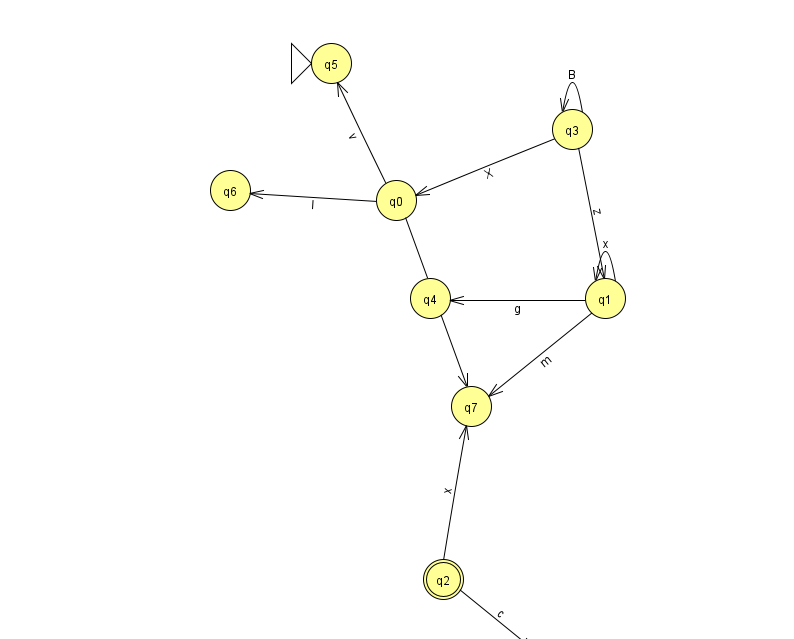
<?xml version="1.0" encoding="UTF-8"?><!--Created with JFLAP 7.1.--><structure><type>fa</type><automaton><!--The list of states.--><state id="0" name="q0"><x>396.0</x><y>187.0</y></state><state id="1" name="q1"><x>605.0</x><y>285.0</y></state><state id="2" name="q2"><x>443.0</x><y>566.0</y><final/></state><state id="3" name="q3"><x>572.0</x><y>116.0</y></state><state id="4" name="q4"><x>430.0</x><y>285.0</y></state><state id="5" name="q5"><x>331.0</x><y>50.0</y><initial/></state><state id="6" name="q6"><x>230.0</x><y>177.0</y></state><state id="7" name="q7"><x>471.0</x><y>393.0</y></state><state id="8" name="q8"><x>547.0</x><y>651.0</y></state><!--The list of transitions.--><transition><from>1</from><to>4</to><read>g</read></transition><transition><from>3</from><to>3</to><read>B</read></transition><transition><from>0</from><to>5</to><read>v</read></transition><transition><from>1</from><to>7</to><read>m</read></transition><transition><from>3</from><to>1</to><read>z</read></transition><transition><from>0</from><to>6</to><read>I</read></transition><transition><from>1</from><to>1</to><read>x</read></transition><transition><from>2</from><to>7</to><read>x</read></transition><transition><from>0</from><to>7</to><read>N</read></transition><transition><from>3</from><to>0</to><read>X</read></transition><transition><from>2</from><to>8</to><read>c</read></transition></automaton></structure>